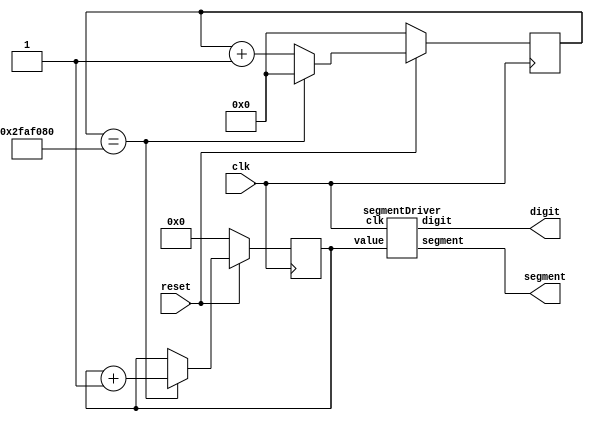
module top(
	input wire clk,
	input wire reset,
	output wire [7:0] segment,
	output wire [3:0] digit

);

reg [27:0] counter;
reg [15:0] value;

always @(posedge clk) begin

	counter <= counter + 1'b1;
	
	if (counter == 27'd50000000) begin
		value <= value + 1'b1;
		counter <= 0;
	end

	if (reset == 0) begin
		counter <= 0;
		value <= 0;
	end
	
end


segmentDriver inst_segmentDriver(
	.clk(clk),
	.value(value),
	.segment(segment),
	.digit(digit)
);


endmodule


module segmentDriver(
	input wire clk,
	input wire [15:0] value,
	output reg [7:0] segment,
	output reg [3:0] digit
);


reg [3:0] currentValue;
reg [1:0] currentSegment;
reg [15:0] delay;

always @ (posedge clk) begin
	delay <= delay + 1'b1;
	
	if (delay == 0) begin
		currentSegment <= currentSegment + 1'b1;
	end
	
	case (currentSegment)
		3'b000: begin digit <= 4'b1110; currentValue <= value[3:0]; end
		3'b001: begin digit <= 4'b1101; currentValue <= value[7:4]; end
		3'b010: begin digit <= 4'b1011; currentValue <= value[11:8]; end
		3'b011: begin digit <= 4'b0111; currentValue <= value[15:12]; end
	endcase;

	case(currentValue)
		4'b0000: segment = ~8'b00111111; // 0
		4'b0001: segment = ~8'b00000110;	// 1
		4'b0010: segment = ~8'b01011011;	// 2
		4'b0011: segment = ~8'b01001111;	// 3
		4'b0100: segment = ~8'b01100110;	// 4
		4'b0101: segment = ~8'b01101101;	// 5
		4'b0110: segment = ~8'b01111101;	// 6
		4'b0111: segment = ~8'b00000111;	// 7
		4'b1000: segment = ~8'b01111111;	// 8
		4'b1001: segment = ~8'b01100111;	// 9
		4'b1010: segment = ~8'b01110111;	// A 
		4'b1011: segment = ~8'b01111100;	// B
		4'b1100: segment = ~8'b00111001;	// C
		4'b1101: segment = ~8'b01011110;	// D
		4'b1110: segment = ~8'b01111001;	// E
		4'b1111: segment = ~8'b01110001;	// F
	endcase;
end

endmodule